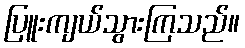
ပြူးကျယ်သွားကြသည်။